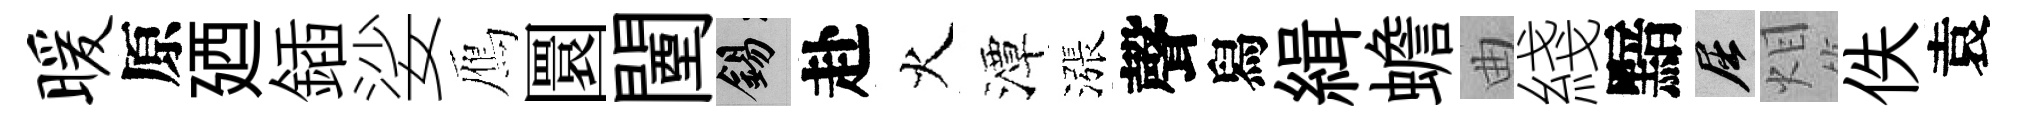
暖原廼鍤娑鴈圜闉錫赴火潭漲聲舄緝蟾曲綫黯屈𤇆佚袁